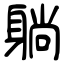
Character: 躺